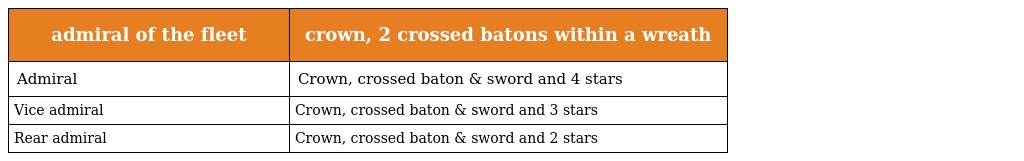
| admiral of the fleet | crown, 2 crossed batons within a wreath |
 | --- | --- |
 | Admiral | Crown, crossed baton & sword and 4 stars |
 | Vice admiral | Crown, crossed baton & sword and 3 stars |
 | Rear admiral | Crown, crossed baton & sword and 2 stars |